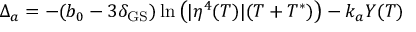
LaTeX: \Delta _ { a } = - ( b _ { 0 } - 3 \delta _ { \mathrm { G S } } ) \ln \left( | \eta ^ { 4 } ( T ) | ( T + T ^ { * } ) \right) - k _ { a } Y ( T )